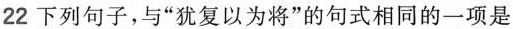
22 下列句子，与“犹复以为将”的句式相同的一项是